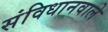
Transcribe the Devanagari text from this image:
संविधानवाले